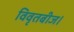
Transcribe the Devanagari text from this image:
विवृतबीज।